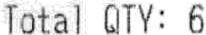
TOTAL QTY: 6